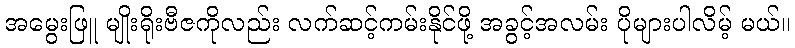
အမွေးဖြူ မျိုးရိုးဗီဇကိုလည်း လက်ဆင့်ကမ်းနိုင်ဖို့ အခွင့်အလမ်း ပိုများပါလိမ့် မယ်။